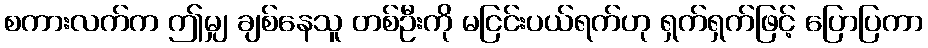
စကားလက်က ဤမျှ ချစ်နေသူ တစ်ဦးကို မငြင်းပယ်ရက်ဟု ရှက်ရှက်ဖြင့် ပြောပြကာ